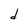
Character: d